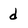
Character: d